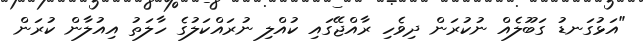
"އަޅުގަނޑު ގަބޫލެއް ނުކުރަން ދިވެހި ރާއްޖޭގައި ކުއްލި ނުރައްކަލުގެ ހާލަތު އިއުލާން ކުރަން